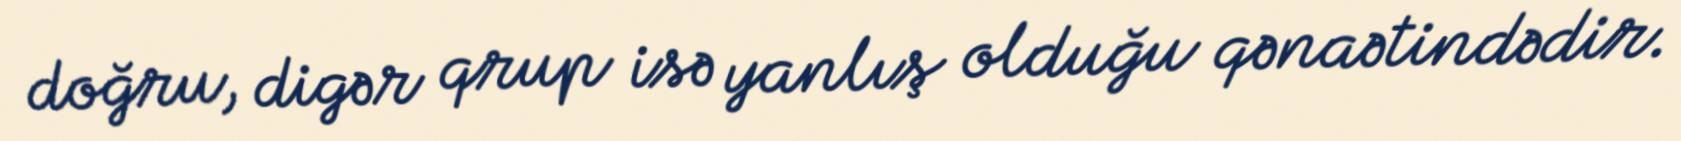
doğru, digər qrup isə yanlış olduğu qənaətindədir.